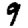
Digit: 9